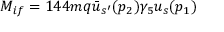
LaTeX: { \cal { M } } _ { i f } = 1 4 4 m q \bar { u } _ { s ^ { \prime } } ( p _ { 2 } ) \gamma _ { 5 } u _ { s } ( p _ { 1 } )